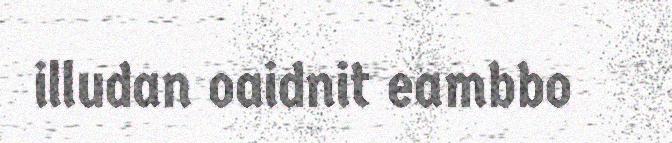
illudan oaidnit eambbo